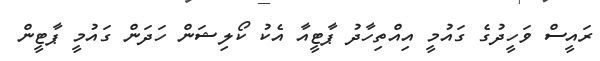
ރައީސް ވަހީދުގެ ގައުމީ އިއްތިހާދު ޕާޓީއާ އެކު ކޯލިޝަން ހަދަން ގައުމީ ޕާޓީން